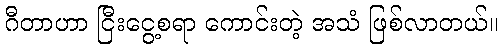
ဂီတာဟာ ငြီးငွေ့စရာ ကောင်းတဲ့ အသံ ဖြစ်လာတယ်။